Vabadussoja_Ajaloo_Komitee, lk 14
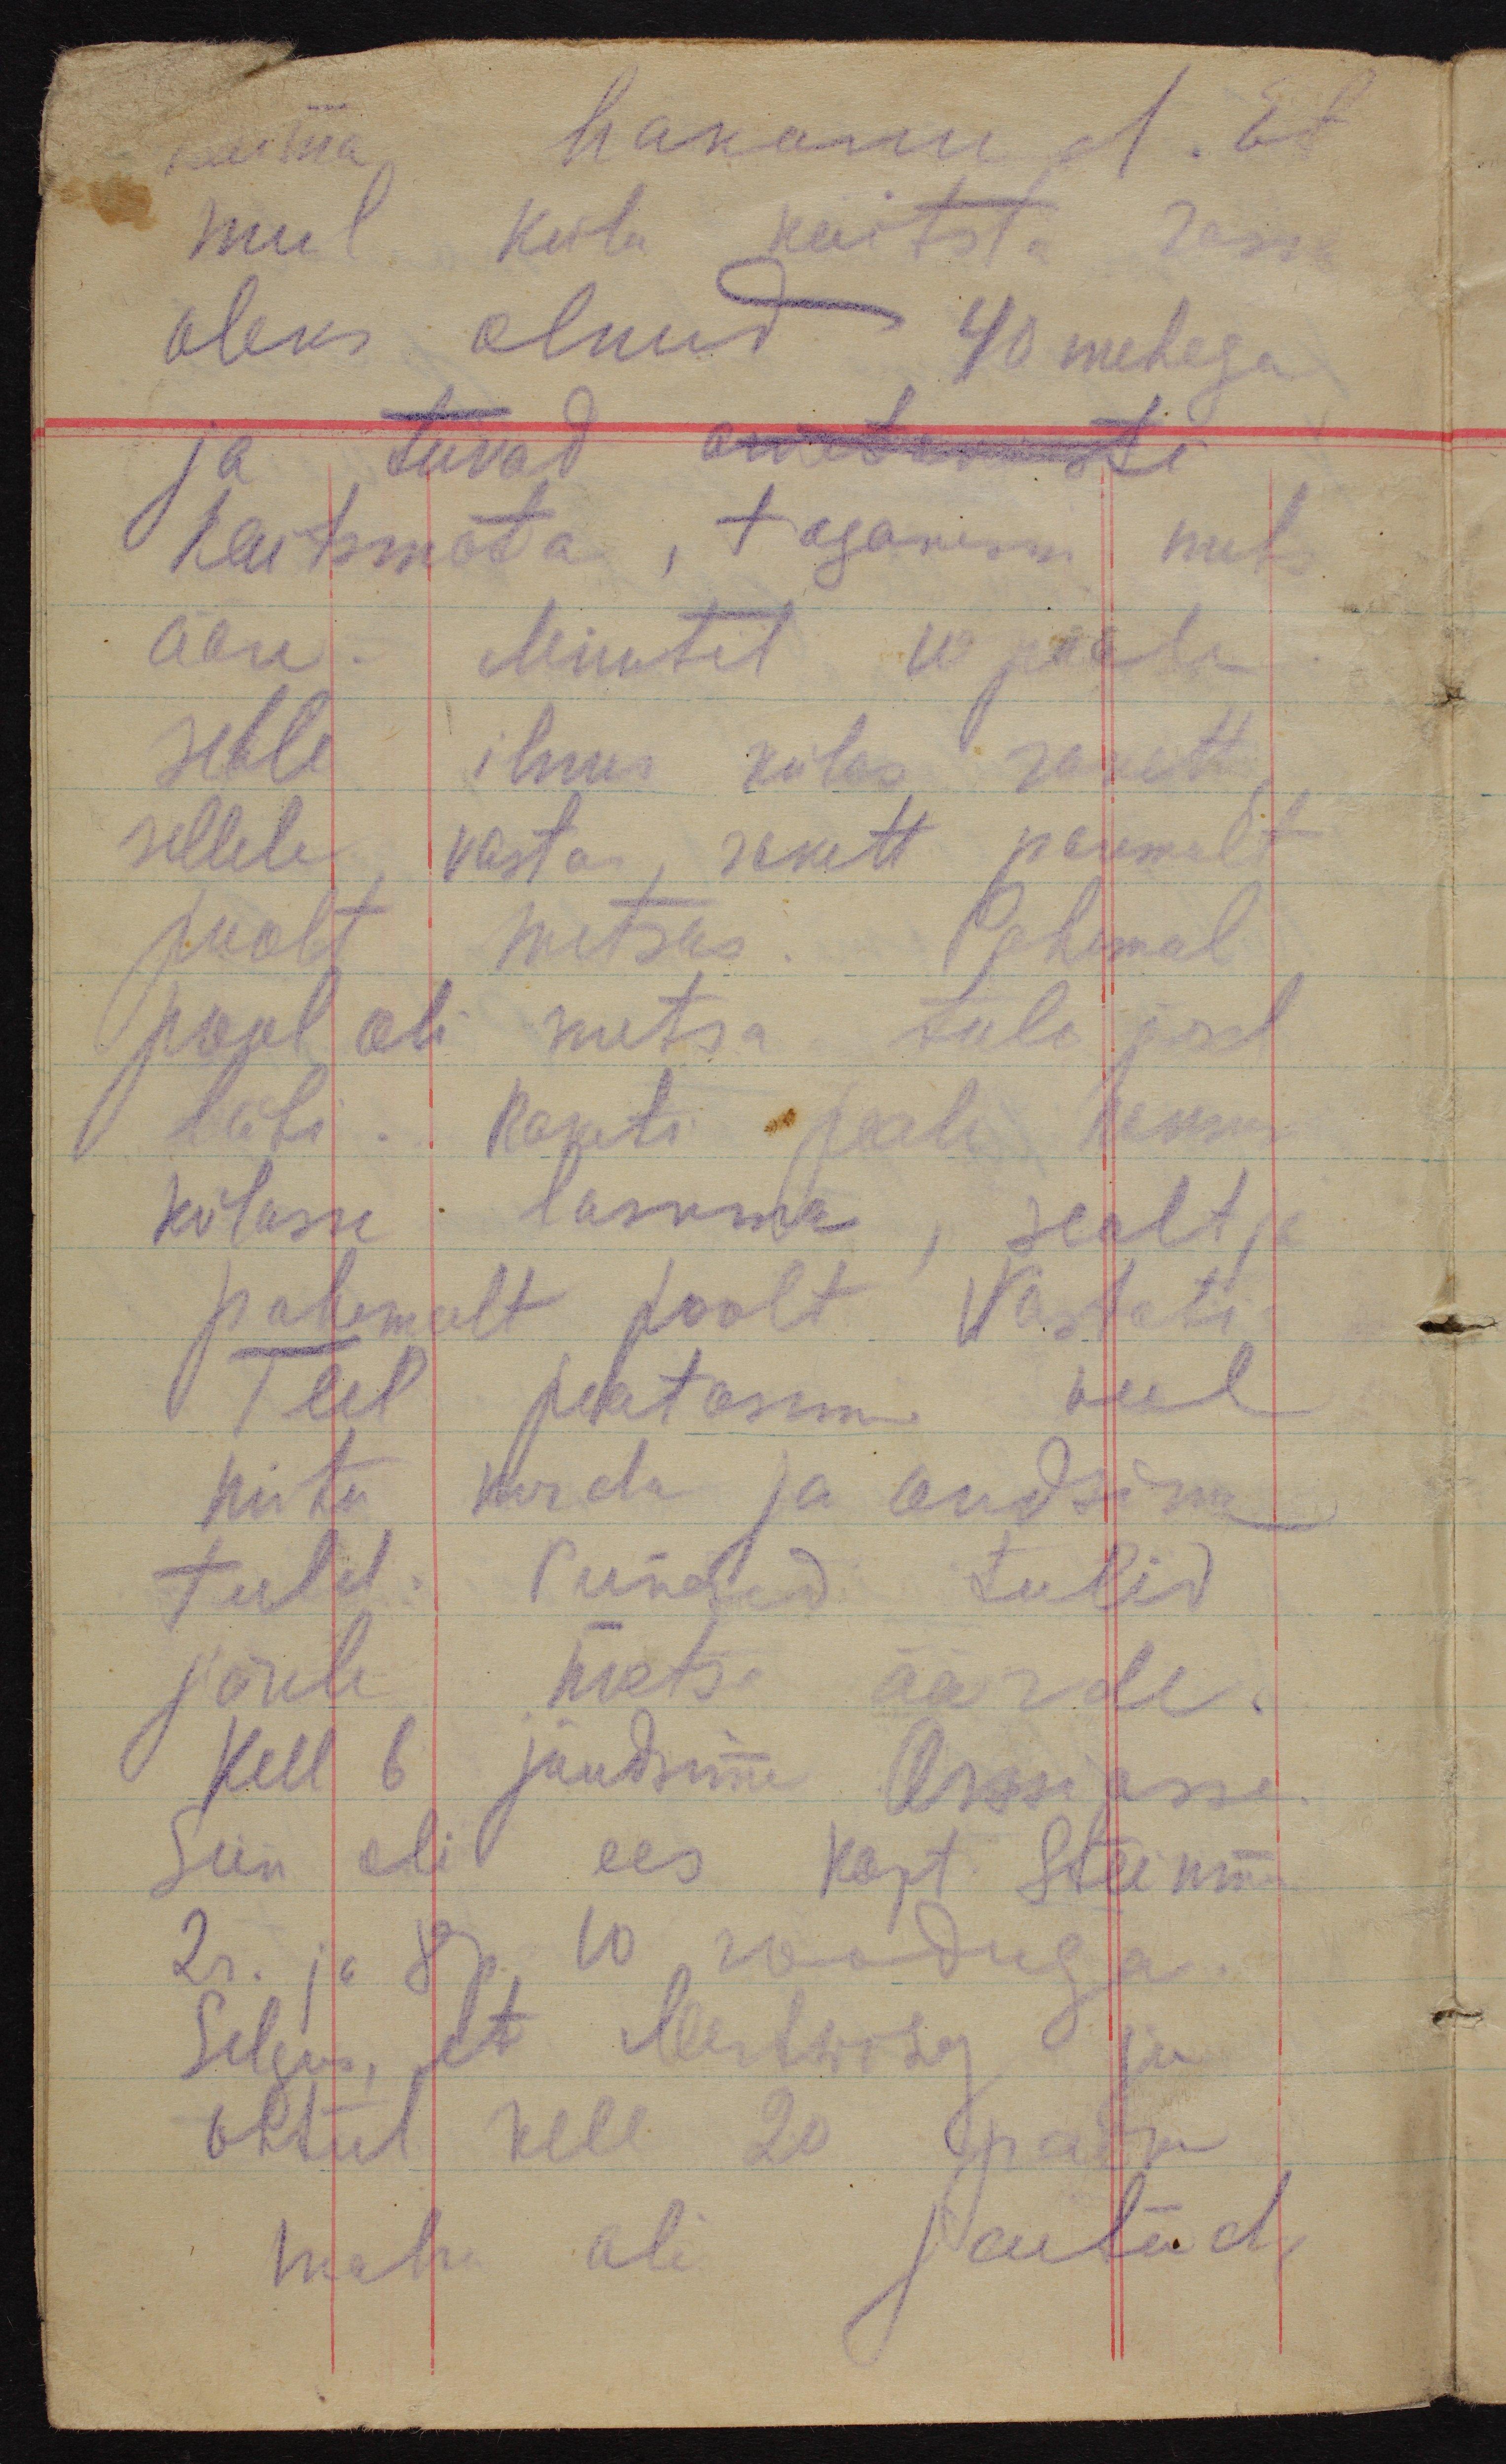
käima hakanud. Et
mul küla kaitsta raske
oleks olnud 40 mehega
ja tiivad arwabamisti
kaitsmata, taganesin mets
ääre. Minutit 10 pääle
selle ilmus külas rakett,
sellele vastas rakett paremalt
poolt metsas. Pahemal
pool oli metsa tule pool.
läbi. Raketi peale hakkam
külasse laskma, sealt ja
pahemalt poolt vastati
Teel peatasime veel
mitu korda ja andsime
tuld. Punased tulid
järele metsa äärde.
Kell 6 jõudsime Arssiasse.
Siin oli ees kapt. Steinmn.
2r. ja 8 p. 10 rooduga.
Selgus, et Mertwizy ju
õhtul kell 20 paiku
maha oli jaetud.